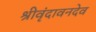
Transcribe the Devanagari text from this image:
श्रीवृंदावनदेव